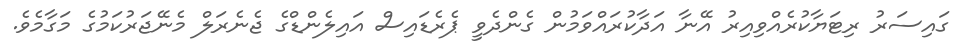
ގައިސަރު ރިޓަޔާކުރެއްވިއިރު އޭނާ އަދާކުރައްވަމުން ގެންދެވީ ޕެރެޑައިސް އައިލެންޑްގެ ޖެނެރަލް މެނޭޖަރުކަމުގެ މަގާމެވެ.